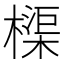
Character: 𬄨